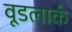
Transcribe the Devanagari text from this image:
वूडलार्क